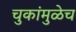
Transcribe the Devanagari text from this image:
चुकांमुळेच